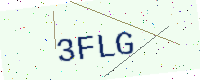
Text: 3FLG